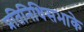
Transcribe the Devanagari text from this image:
प्रतिनिधिसभाके